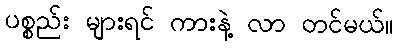
ပစ္စည်း များရင် ကားနဲ့ လာ တင်မယ်။